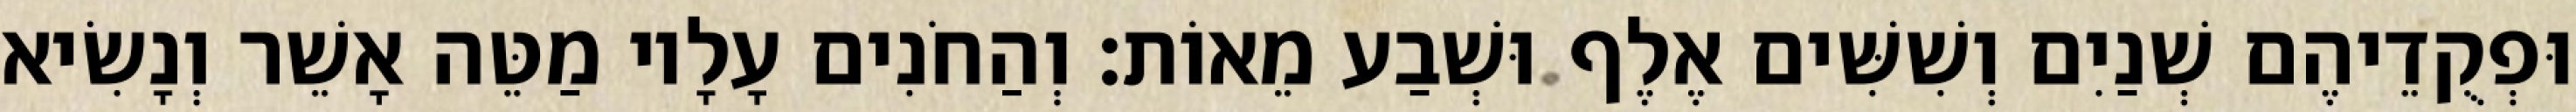
וּפְקֻדֵיהֶם שְׁנַיִם וְשִׁשִּׁים אֶלֶף וּשְׁבַע מֵאוֹת׃ וְהַחֹנִים עָלָיו מַטֵּה אָשֵׁר וְנָשִׂיא